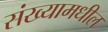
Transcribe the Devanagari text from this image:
संख्यामधील